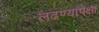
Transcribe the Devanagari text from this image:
लढण्यापेक्षा